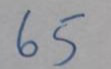
65